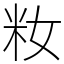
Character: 籹